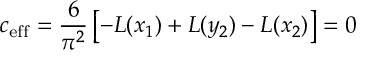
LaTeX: c _ { \mathrm { e f f } } = { \frac { 6 } { \pi ^ { 2 } } } \left[ - { \cal L } ( x _ { 1 } ) + { \cal L } ( y _ { 2 } ) - { \cal L } ( x _ { 2 } ) \right] = 0